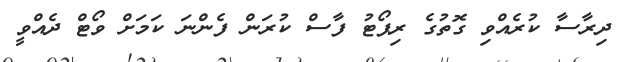
ދިރާސާ ކުރެއްވި ގޮތުގެ ރިޕޯޓު ފާސް ކުރަން ފެންނަ ކަމަށް ވޯޓް ދެއްވީ